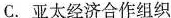
C.亚太经济合作组织